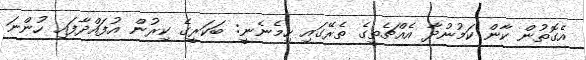
އެގޮތުން ކާން ކަމުނުދާ އެއްޗެތީގެ ތެރޭގައި ހިމެނެނީ: ބަކަރީގެ ކިރުން އުފައްދާފައި ހުންނަ